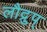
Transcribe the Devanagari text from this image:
लौद्रुप्